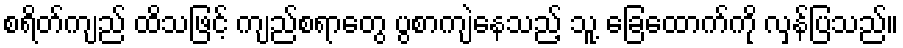
စရိတ်ကျည် ထိသဖြင့် ကျည်စရာတွေ ပွစာကျဲနေသည့် သူ့ ခြေထောက်ကို လှန်ပြသည်။